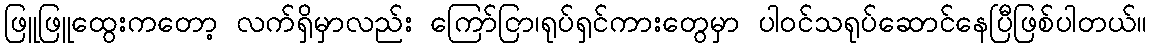
ဖြူဖြူထွေးကတော့ လက်ရှိမှာလည်း ကြော်ငြာ၊ရုပ်ရှင်ကားတွေမှာ ပါဝင်သရုပ်ဆောင်နေပြီဖြစ်ပါတယ်။